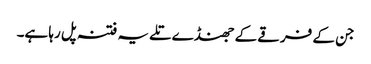
جن کے فرقے کے جھنڈے تلے یہ فتنہ پل رہا ہے۔